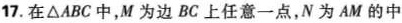
17.在\triangle ABC中，M为边BC上任意一点，N为AM的中